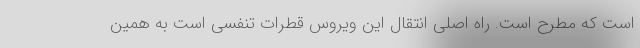
است که مطرح است. راه اصلی انتقال این ویروس قطرات تنفسی است به همین